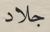
جلاد